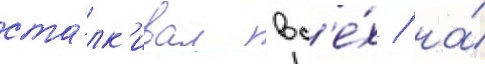
ста́лк'ивал вс'е́х / на́